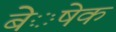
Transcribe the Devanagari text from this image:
बेेेेेषक